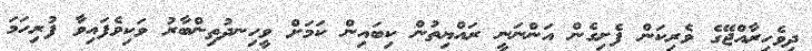
ދިވެހިރާއްޖޭގެ ވެރިކަން ފެށިގެން އަންނަނީ ރައްޔިތުން ކިބައިން ކަމަށް ވީހިނދުތިންބާރު ވަކިވެފައިވާ ފުރިހަމަ